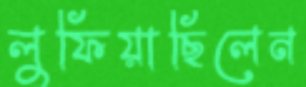
লুফিয়াছিলেন